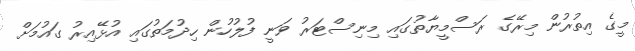
މީގެ އިތުރުން މިރޭގެ ރަސްމީޔާތުގައި މިނިސްޓަރު ވަނީ ފުލުހުން ހިދުމަތުގައި އުޅޭއިރު ގައުމަށް